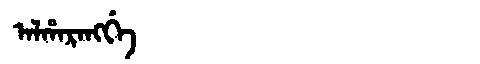
Manchu: ᠠᠯᡥᠠᡵᠠᠩᡤᡝ
Romanization: ALHARANGGE